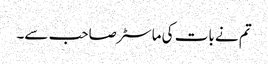
تم نے بات کی ماسٹر صاحب سے۔